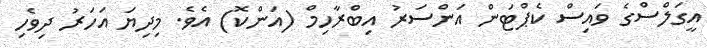
އީގަލްސްގެ ވައިސް ކެޕްޓަން އަންސަރު އިބްރާހިމް (އަންކޮ) އެވެ. މިދިޔަ އަހަރު ދިވެހި